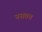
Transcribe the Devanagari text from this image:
नसतच